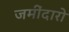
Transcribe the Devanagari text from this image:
जमींदारो